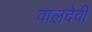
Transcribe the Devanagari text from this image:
वालदेवी